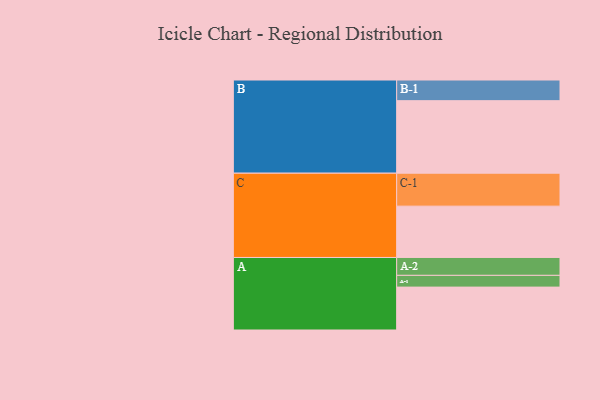
{"axis": {"x": "Segment", "y": "Value"}, "legend": ["", "A", "B", "C"], "data": [{"x": "A", "y": 336, "type": ""}, {"x": "B", "y": 568, "type": ""}, {"x": "C", "y": 402, "type": ""}, {"x": "A-1", "y": 92, "type": "A"}, {"x": "A-2", "y": 140, "type": "A"}, {"x": "B-1", "y": 162, "type": "B"}, {"x": "C-1", "y": 258, "type": "C"}]}